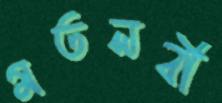
মতলবী